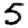
Digit: 5